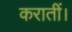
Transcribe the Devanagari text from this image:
करातीं।